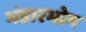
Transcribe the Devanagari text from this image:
भंडारभोग